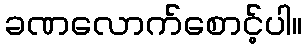
ခဏလောက်စောင့်ပါ။